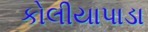
કોલીયાપાડા